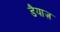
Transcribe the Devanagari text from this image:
डैयाज़